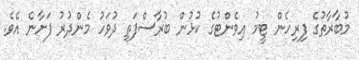
މުބާރާތުގެ ފިރިހެން ޓީމު އިވެންޓުގެ ކުޅުން ބުރާސްފަތި ދުވަހު މެންދުރު ފަށާނެ އެވެ.